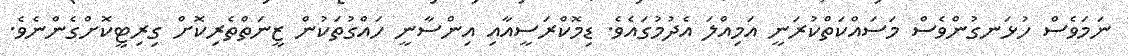
ނަމަވެސް ހުޅަނގުންވެސް މަސައްކަތްކުރަނީ އަމިއްލަ އެދުމުގައެވެ. ޑިމޮކްރަސީއާއި އިންސާނީ ހައްގުތަކުން ޒީނަތްތެރިކޮށް ގިރިޓީކޮށްގެންނެވެ.